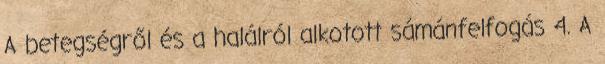
A betegségről és a halálról alkotott sámánfelfogás 4. A